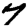
Digit: 7